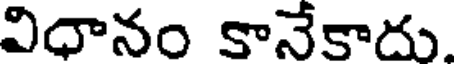
విధానం కానేకాదు